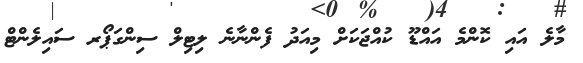
މާލެ އައި ކޮންމެ އައްޑޫ ކުއްޖަކަށް މިއަދު ފެންނާނެ ލިޓިލް ސިންގަޕޯރ ސައިލެންޓް